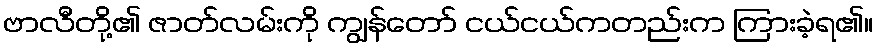
ဗာလီတို့၏ ဇာတ်လမ်းကို ကျွန်တော် ငယ်ငယ်ကတည်းက ကြားခဲ့ရ၏။